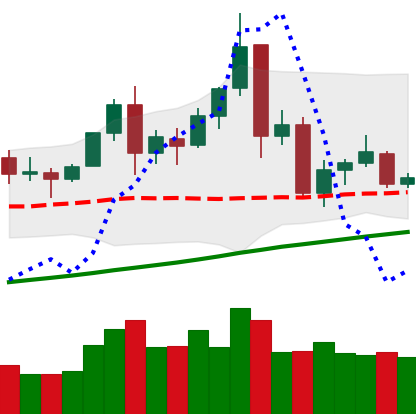
Ticker: TRX-USD
Chart end date: 2021-11-23
Forward return: -7.512%
Label: down_7plus